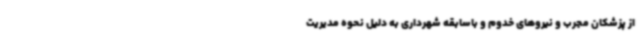
از پزشکان مجرب و نیروهای خدوم و باسابقه شهرداری به دلیل نحوه مدیریت